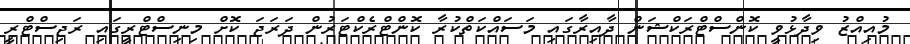
މުއިއްޒު ވިދާޅުވީ ކޮންސްޓްރަކްޝަން ދާއިރާގައި މަސައްކަތްކުރާ ކޮންޓްރެކްޓަރުން ދަރަޖަ ކޮށް މިނިސްޓްރީގައި ރަޖިސްޓްރީ